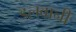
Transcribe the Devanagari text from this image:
डलवानी